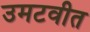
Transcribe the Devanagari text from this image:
उमटवीत